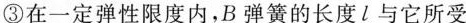
③在一定弹性限度内，B弹簧的长度l与它所受